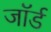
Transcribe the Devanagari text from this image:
जाॅर्ड